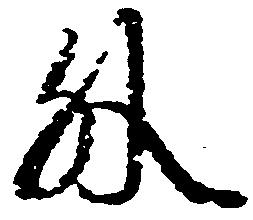
外